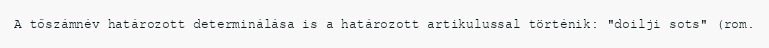
A tőszámnév határozott determinálása is a határozott artikulussal történik: "doilji sots" (rom.